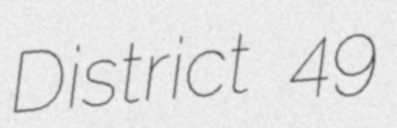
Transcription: District 49